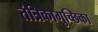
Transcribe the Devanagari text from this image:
तंत्रिकागुच्छिका